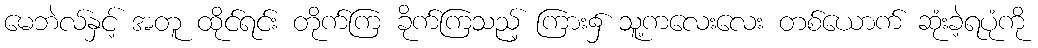
မေဘဲလ်နှင့် အတူ ထိုင်ရင်း တိုက်ကြ ခိုက်ကြသည့် ကြား၌ သူ့ကလေးလေး တစ်ယောက် ဆုံးခဲ့ရပုံကို